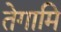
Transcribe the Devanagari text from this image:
तेगामि